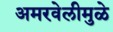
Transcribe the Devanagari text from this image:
अमरवेलीमुळे